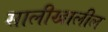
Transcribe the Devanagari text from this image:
सालीखालील